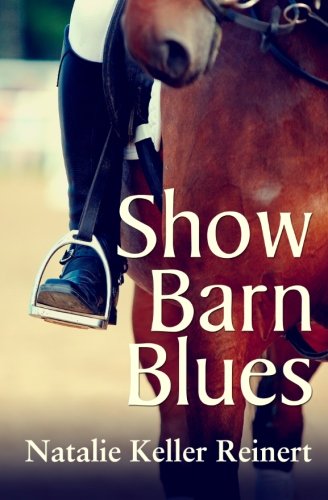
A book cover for Show Barn Blues; Natalie Keller Reinert; Sports & Outdoors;